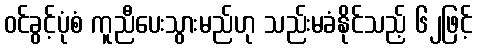
ဝင်ခွင့်ပုံစံ ကူညီပေးသွားမည်ဟု သည်းမခံနိုင်သည့် ၆၂ဖြင့်